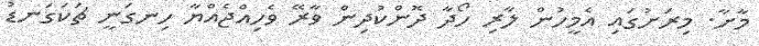
މާށާ. މިރަށުގައި އެމީހުން ލާރި ހޯދާ ދޮންކުދިން ވާރޭ ވެހިއްޖެއްޔާ ހިނގަނީ ޗަކަގަނޑު